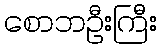
စောဘဦးကြီး